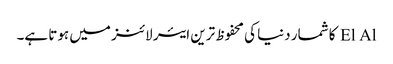
El Al کا شمار دنیا کی محفوظ ترین ایئر لائنز میں ہوتا ہے۔